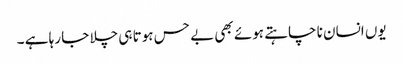
یوں انسان نا چاہتے ہوئے بھی بے حس ہوتا ہی چلا جا رہا ہے ۔